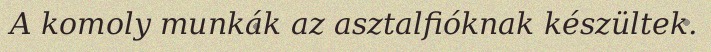
A komoly munkák az asztalfióknak készültek.